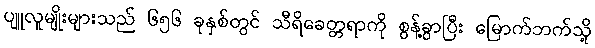
ပျူလူမျိုးများသည် ၆၅၆ ခုနှစ်တွင် သီရိခေတ္တရာကို စွန့်ခွာပြီး မြောက်ဘက်သို့